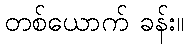
တစ်ယောက် ခန်း။